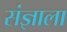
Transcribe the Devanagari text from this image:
संज्ञाला